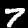
Digit: 7